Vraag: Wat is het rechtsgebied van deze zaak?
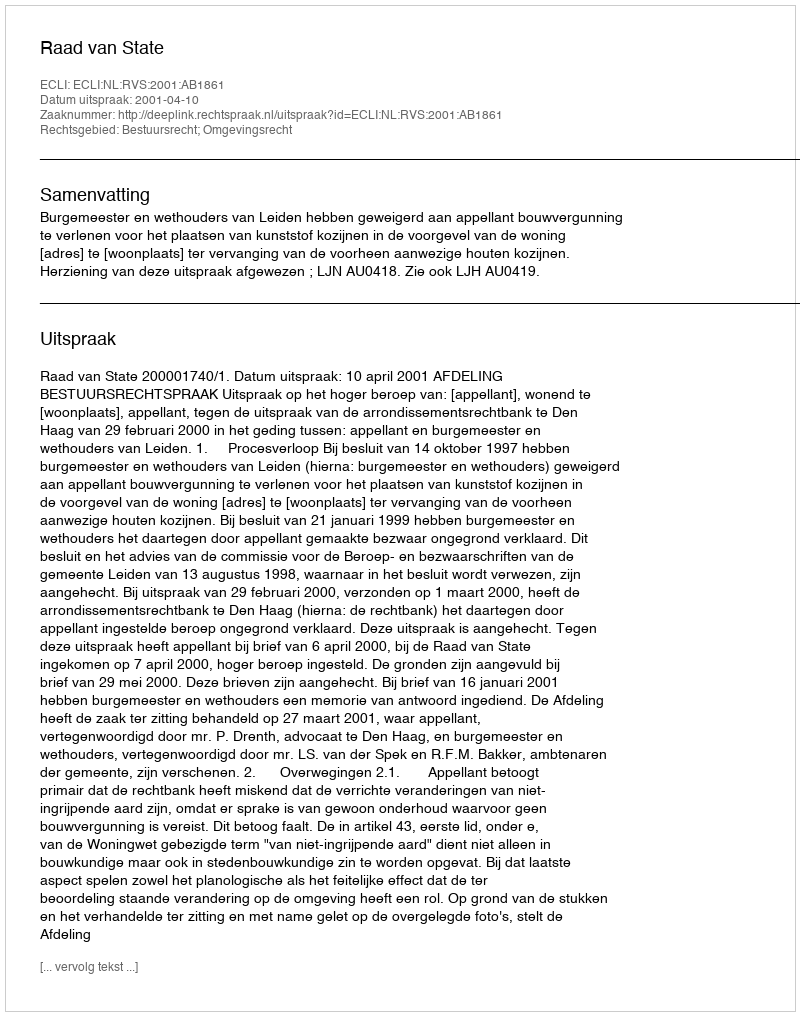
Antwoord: Bestuursrecht; Omgevingsrecht